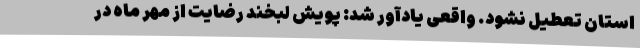
استان تعطیل نشود. واقعی یادآور شد: پویش لبخند رضایت از مهر ماه در